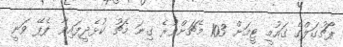
ޕޯޗުގަލްގެ ގައުމީ ޓީމަށް 103 މެޗަށްވުރެ ގިނަ މެޗު ކުޅެދީފައިވާ ޕެޕޭ ވަނީ